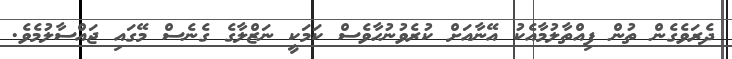
ދެރަވެގެން ތުން ފިއްތާލުމާއެކު އޭނާއަށް ކުރެވުނުހާވެސް ކަމަކީ ނަޒްލާގެ ގެނެސް މޭގައި ޖައްސާލުމެެވެ.